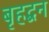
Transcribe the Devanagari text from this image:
बृहद्बन